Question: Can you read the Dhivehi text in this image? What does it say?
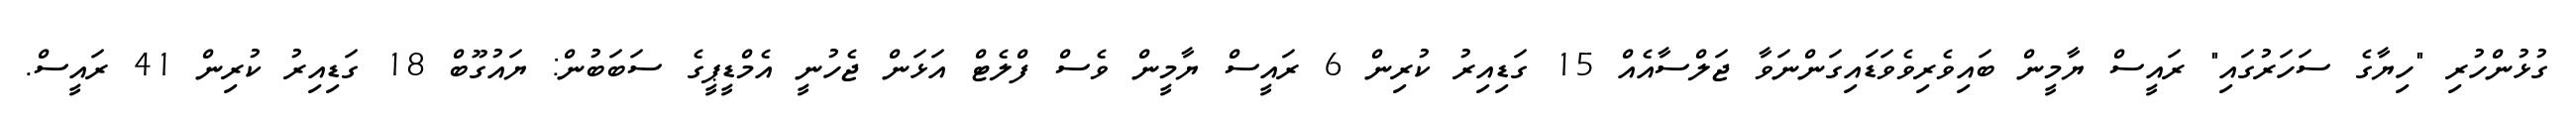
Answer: ގުޅުންހުރި "ހިޔާގެ ސަހަރުގައި" ރައީސް ޔާމީން ބައިވެރިވެވަޑައިގަންނަވާ ޖަލްސާއެއް 15 ގަޑިއިރު ކުރިން 6 ރައީސް ޔާމީން ވެސް ފްލެޓް އަޅަން ޖެހުނީ އެމްޑީޕީގެ ސަބަބުން: ޔައުގޫބް 18 ގަޑިއިރު ކުރިން 41 ރައީސް.